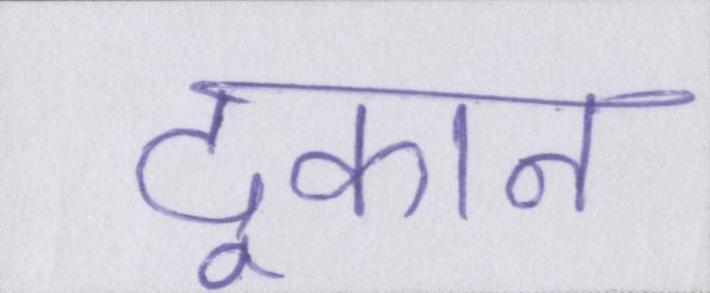
दूकान